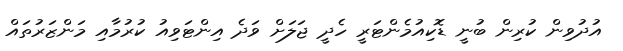
އުދުވިން ކުރިން ބުނީ ޑޮކިއުމެންޓަރީ ހެދީ ޖަލަށް ވަދެ އިންޓަވިއު ކުރުމާއި މަންޒަރުތައް